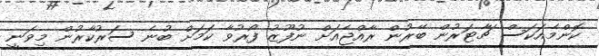
ކޮންމެއަކަސް ޗާޓަރުން ބޭރުން ރާއްޖެއަށް ނުފޫޒު ފޯރުވާ ކަމަށް ބުނެ ސަރުކާރުން މިވަނީ